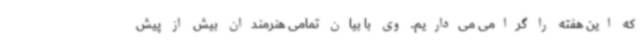
که این هفته را گرامی می‌داریم. وی با بیان تمامی هنرمندان بیش از پیش